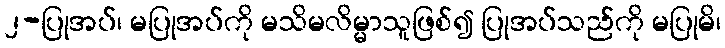
၂-ပြုအပ်၊ မပြုအပ်ကို မသိမလိမ္မာသူဖြစ်၍ ပြုအပ်သည်ကို မပြုမိ၊